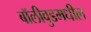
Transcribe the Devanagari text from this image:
बॉलीवुडमधील